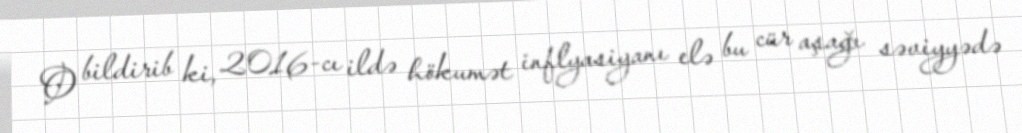
O bildirib ki, 2016-cı ildə hökumət inflyasiyanı elə bu cür aşağı səviyyədə